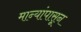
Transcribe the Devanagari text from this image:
मान्यांपासून